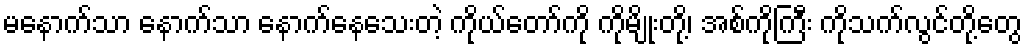
မနောက်သာ နောက်သာ နောက်နေသေးတဲ့ ကိုယ်တော်ကို ကိုမျိုးတို့၊ အစ်ကိုကြီး ကိုသက်လွင်တို့တွေ